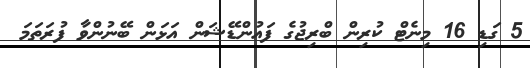
5 ގަޑި 16 މިނެޓް ކުރިން ބްރިޖުގެ ފައުންޑޭޝަން އަޅަން ބޭނުންވާ ފުރަތަމަ